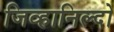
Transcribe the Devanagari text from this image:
जिव्हानिल्दो